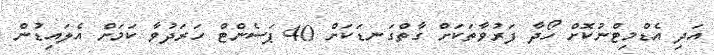
އަދި އެޑްމިޓްނުކޮށް ހޯދާ ފަރުވާތަކަށް ގާތްގަނޑަކަށް 40 ޕަސެންޓް ހަރަދުވާ ކަމަށް އެލައިޑުން